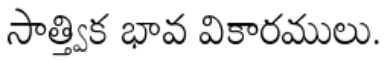
సాత్త్విక భావ వికారములు.